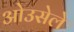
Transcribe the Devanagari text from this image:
ओउसेले